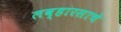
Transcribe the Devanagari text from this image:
लव्हारसाचे